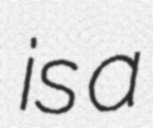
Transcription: is a